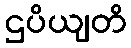
ဌပိယျတိ